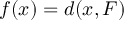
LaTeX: f ( x ) = d ( x , F )